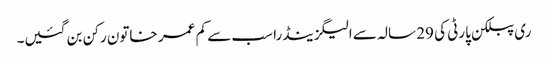
ری پبلکن پارٹی کی 29 سالہ سے الیگزینڈرا سب سے کم عمر خاتون رکن بن گئیں۔